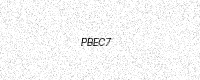
Text: PBEC7